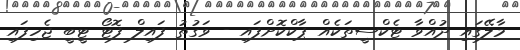
މާލޭގައި ދުއްވާ ޓެކްސީތަކެއް ޕާކްކޮށްފައި - ވަގުތު ފައިލް ފޮޓޯ ޓީބީ ޖެހިފައި